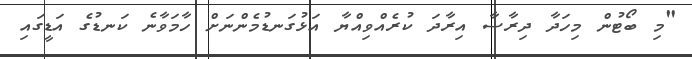
"މި ބޯޓުން މިހަދާ ދިރާސާ އިރާދަ ކުރެއްވިއްޔާ އަޅުގަނޑުމެންނަށް ހާމަވާނެ ކަނޑުގެ އަޑީގައި